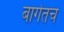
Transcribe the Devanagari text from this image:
बागेतच